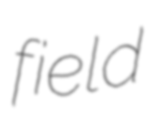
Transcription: field